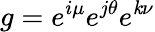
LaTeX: g=e^{i\mu}e^{j\theta}e^{\mathit{k}\nu}